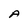
Character: A